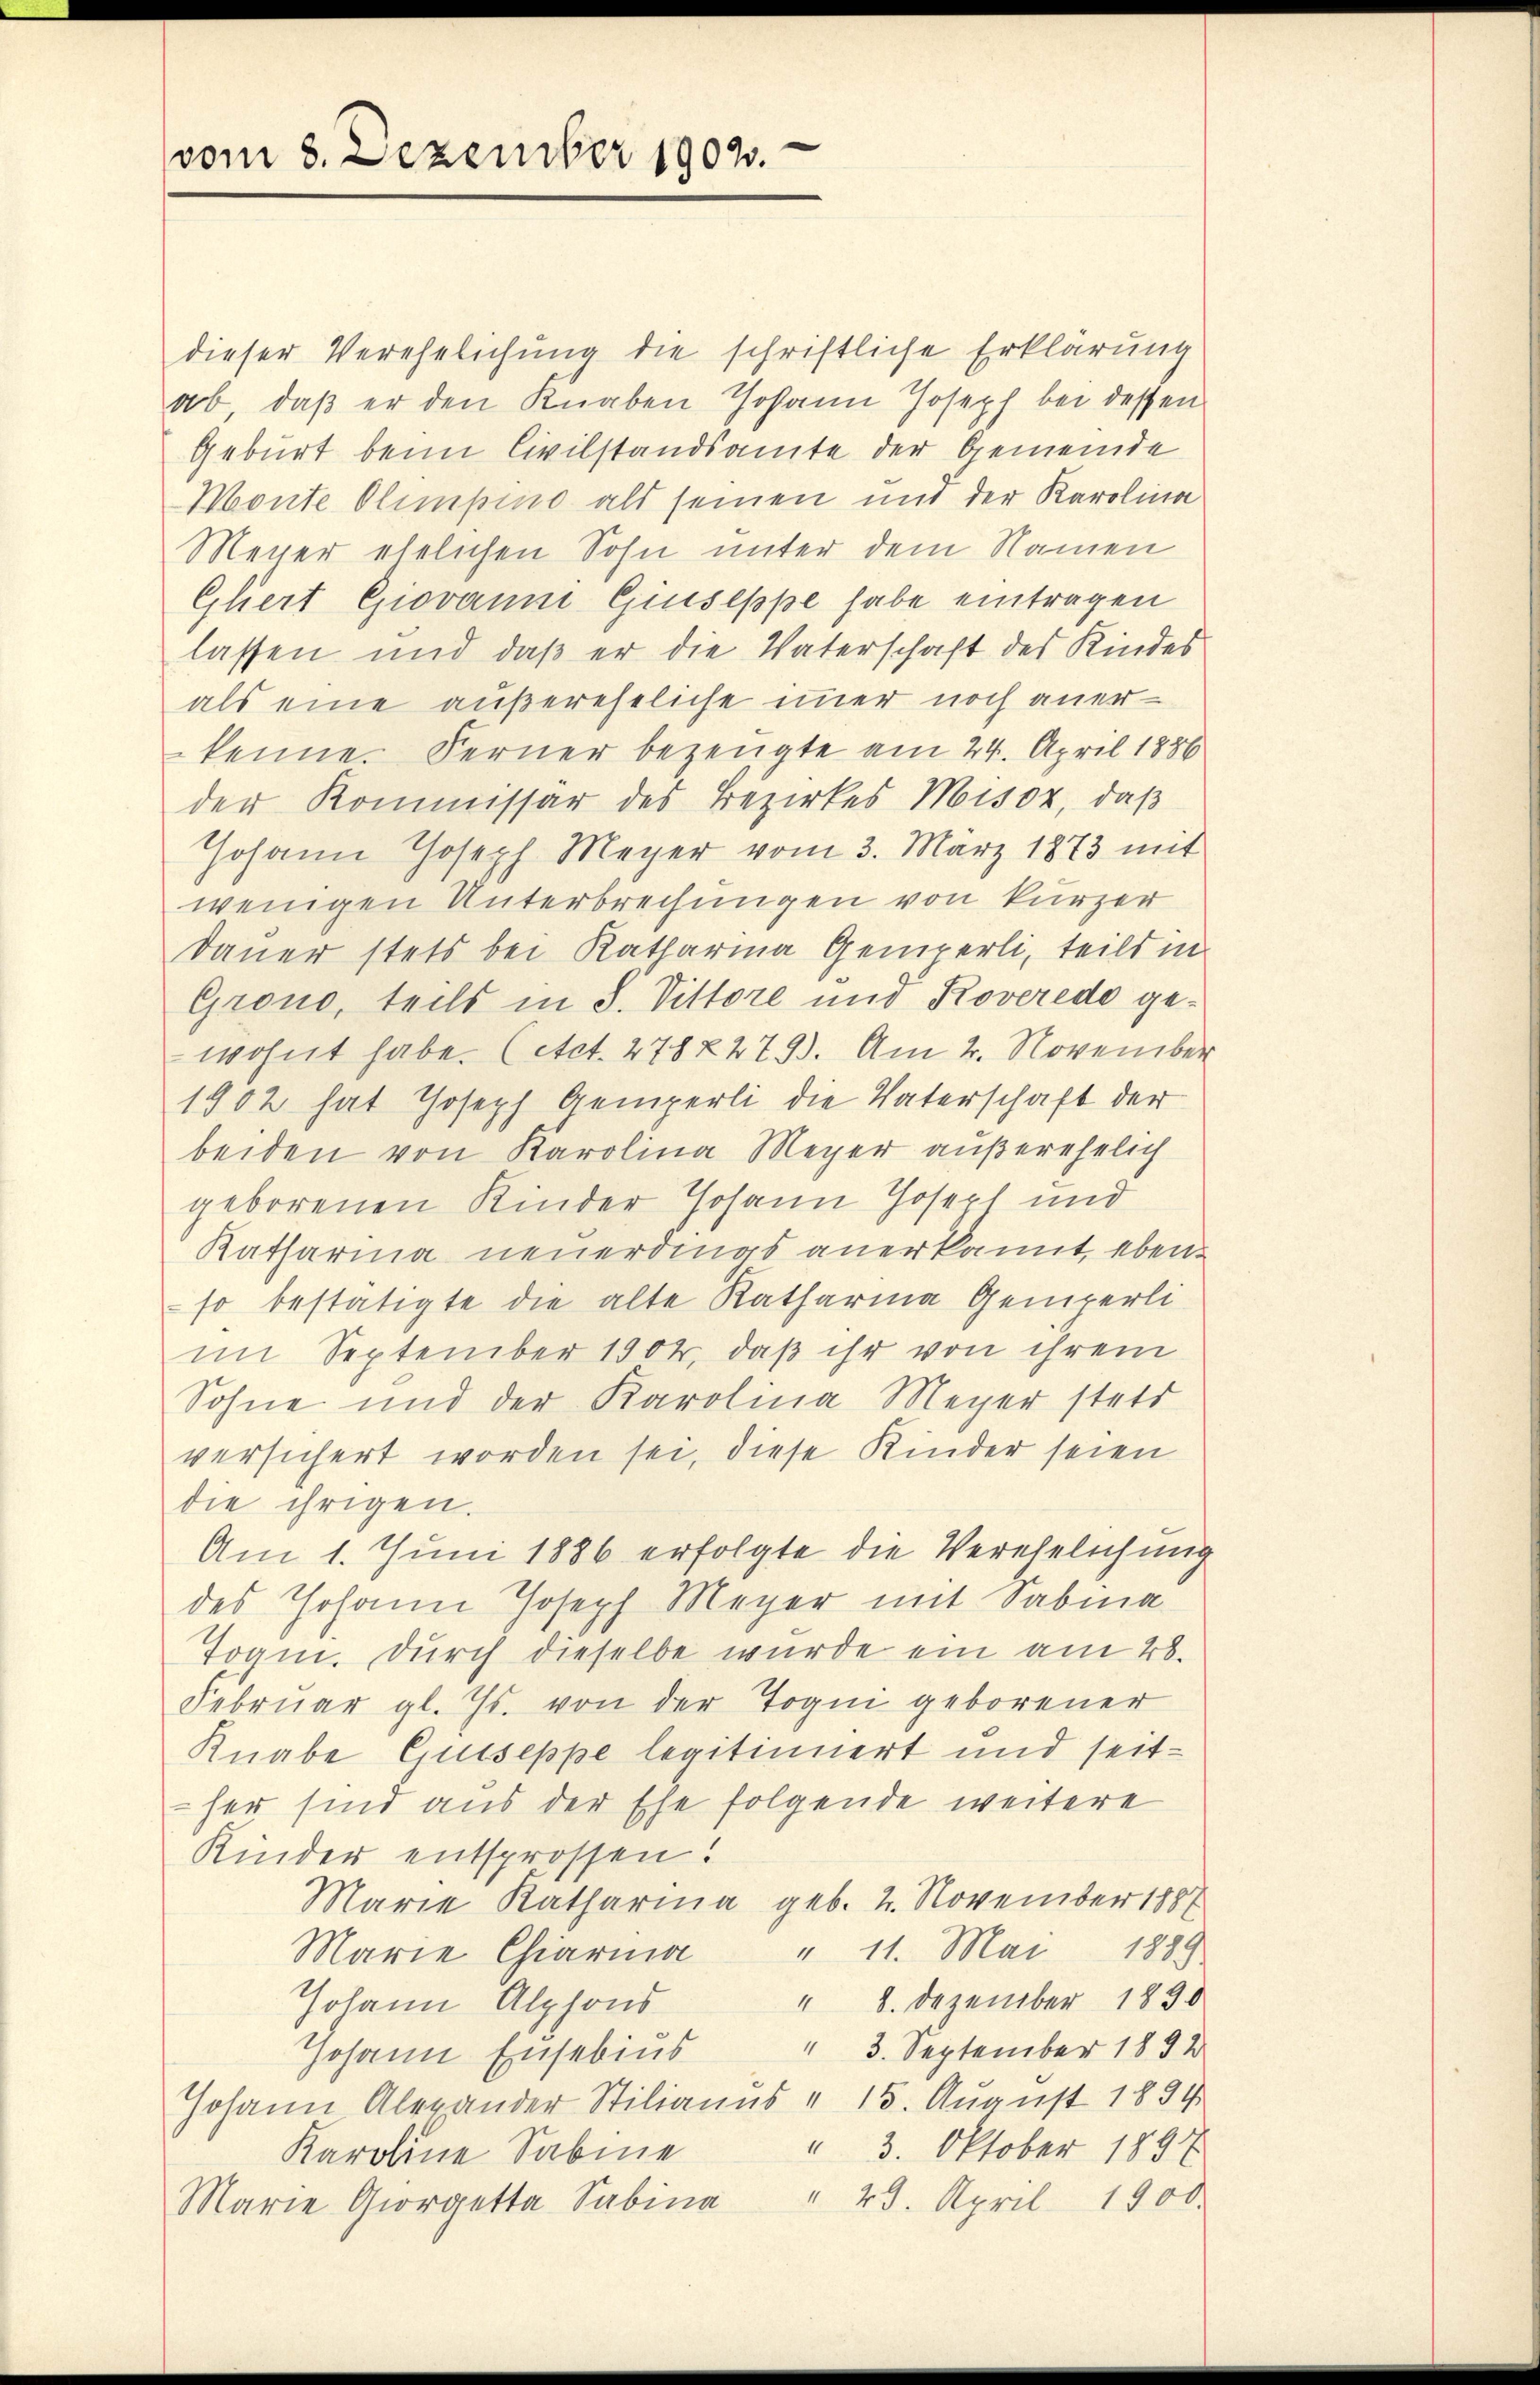
vom 3. Dezember 1902.

dieser Verehelichung die schriftliche Erklärung
ab, daß er den Knaben Johann Joseph bei dessen
Geburt beim Civilstandsamte der Gemeinde
Monte Olimpino als seinen mit der Karolina
Meuer ehelichen Sohn unter dem Namen
Gliert Giovanni Giuseppe habe eintragen
lassen und daß er die Vaterschaft des Kindes
als eine außereheliche immer noch anerkenne. Ferner bezeugte am 24. April 1886
der Kommissar des Bezirkes Misoz, daß
Johann Joseph Meyer vom 3. März 1873 mit
wenigen Unterbrechungen von kürzer
Dauer stets bei Katharina Gemperli, teils in
Grono, teils in S. Vittore und Roverede gewohnt habe. (Act. 278 § 279). Am 2. November
1902 hat Joseph Gemperli die Vaterschaft der
beiden von Karolina Meyer außerehelich
geborenen Kinder Johann Joseph und
Katharina neuerdings anerkannt, ebenso bestätigte die alte Katharina Gemperli
im September 1902, daß ihr von ihrem
Sohne und der Karolina Meyer stets
versichert worden sei, diese Kinder seien
die ihrigen.
Am 1. Juni 1886 erfolgte die Verehelichung
des Johann Joseph Meyer mit Sabma
Tram. Durch dieselbe wurde ein am 28.
Februar gl. Js. von der Togni geborener
Knabe Gutseppe legitimiert und seither sind aus der Ehe folgende weitere
Kinder entsprossen.
Marie Katharina geb. 2. November 1887
Marie Chiaria " 11. Mai 1889.
" 8. Dezember 1890
Johann Alphons
" 3. September 1892
Johann Ensebius
Johann Alexander Stilianus " 15. August 1894
" 3. Oktober 1891
Karoline Sabine
Marie Georgetta Sabina " 29. April 1900.